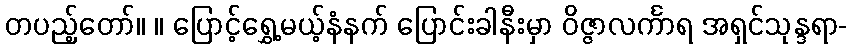
တပည့်တော်။ ။ ပြောင့်ရွှေ့မယ့်နံနက် ပြောင်းခါနီးမှာ ဝိဇ္ဇာလင်္ကာရ အရှင်သုန္ဒရာ-